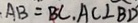
A B = B C , A C \bot B D